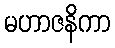
မဟာဇနိကာ